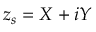
z _ { s } = X + i Y